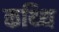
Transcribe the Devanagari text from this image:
कथ्थि